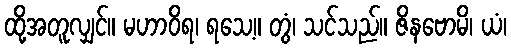
ထို့အတူလျှင်။ မဟာဝိရ၊ ရသေ့။ တွံ၊ သင်သည်။ ဇိနဗောမိ၊ ယံ၊